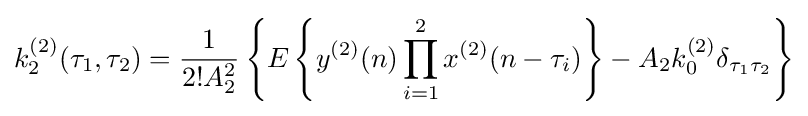
k_{2}^{(2)}(\tau _{1},\tau _{2})={\frac {1}{2!A_{2}^{2}}}\left\{E\left\{y^{(2)}(n)\prod _{i=1}^{2}x^{(2)}(n-\tau _{i})\right\}-A_{2}k_{0}^{(2)}\delta _{\tau _{1}\tau _{2}}\right\}